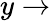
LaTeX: y\rightarrow